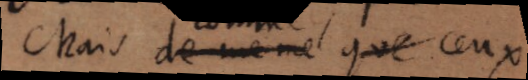
Mais de meme que ceux